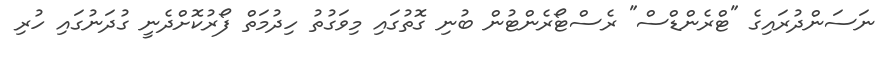
ނަސަންދުރައިގެ "ޓްރެންޑްސް" ރެސްޓޯރެންޓުން ބުނި ގޮތުގައި މިވަގުތު ހިދުމަތް ފޯރުކޮށްދެނީ ގުދަނުގައި ހުރި